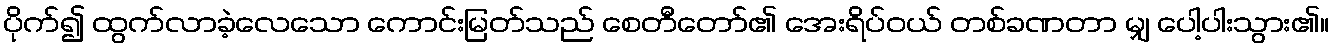
ပိုက်၍ ထွက်လာခဲ့လေသော ကောင်းမြတ်သည် စေတီတော်၏ အေးရိပ်ဝယ် တစ်ခဏတာ မျှ ပေါ့ပါးသွား၏။